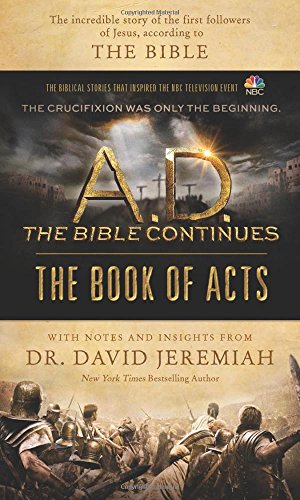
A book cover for A.D. The Bible Continues: The Book of Acts: The Incredible Story of the First Followers of Jesus, according to the Bible; David Jeremiah; Christian Books & Bibles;